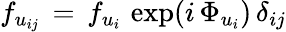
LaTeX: f_{u_{ij}}\, =\, f_{u_{i}}\, \exp(i\, \Phi_{u_{i}})\, \delta_{ij}